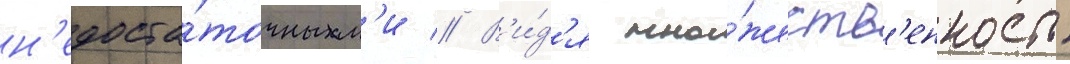
н'едоста́точным'и // В'и́д'я мно́жеств'енность